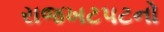
રાજખટપટનો